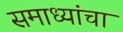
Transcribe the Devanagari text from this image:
समाध्यांचा